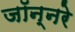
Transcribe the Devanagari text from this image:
जॉन्नरे